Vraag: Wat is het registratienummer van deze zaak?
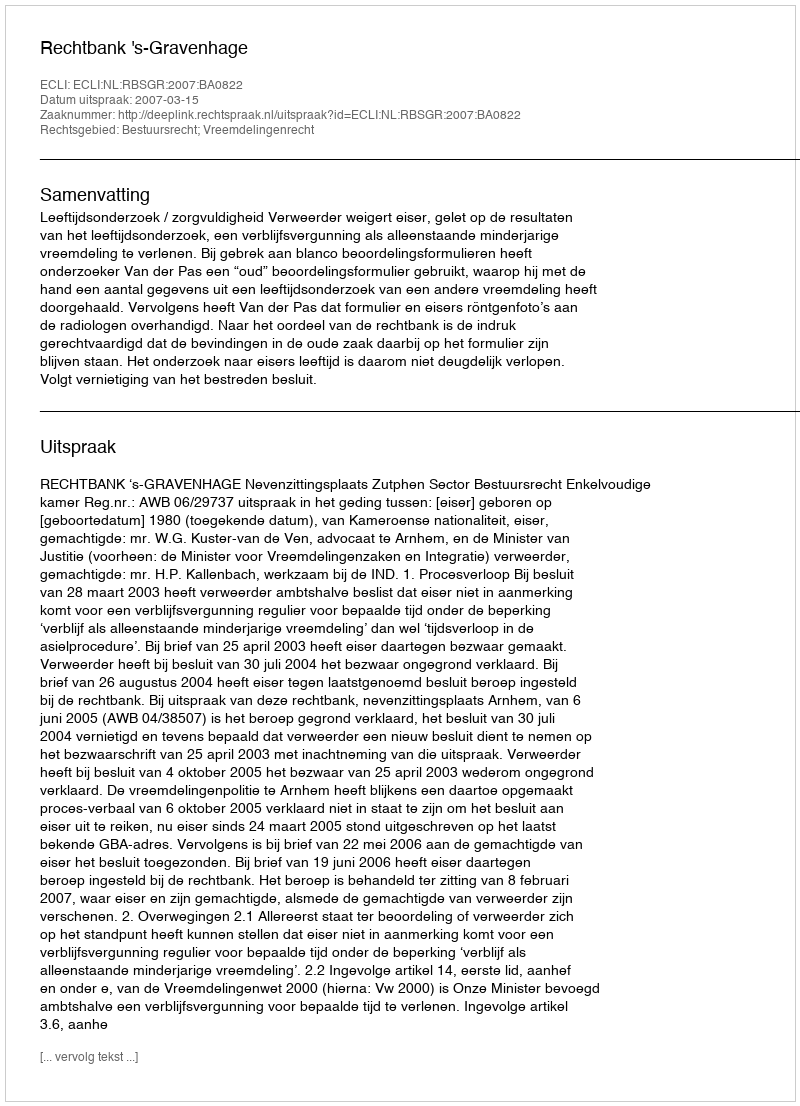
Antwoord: http://deeplink.rechtspraak.nl/uitspraak?id=ECLI:NL:RBSGR:2007:BA0822